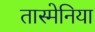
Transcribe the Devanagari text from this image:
तास्मेनिया